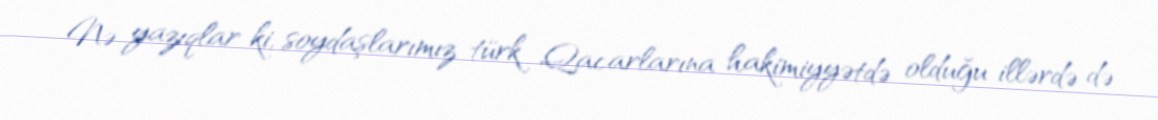
Nə yazıqlar ki, soydaşlarımız türk Qacarlarına hakimiyyətdə olduğu illərdə də